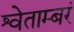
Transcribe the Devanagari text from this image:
श्वेताम्बरं